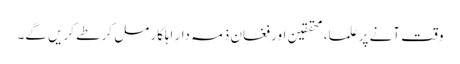
وقت آنے پر علما، محققین اور فغان ذمہ دار اہلکار مل کر طے کریں گے۔